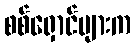
စစ်ရှောင်များက